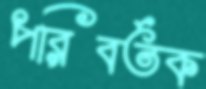
পরিবর্তক